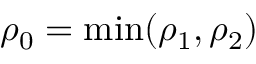
\rho _ { 0 } = \operatorname* { m i n } ( \rho _ { 1 } , \rho _ { 2 } )